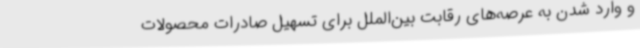
و وارد شدن به عرصه‌های رقابت بین‌الملل برای تسهیل صادرات محصولات